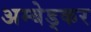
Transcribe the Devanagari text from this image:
अम्बेड्कर